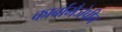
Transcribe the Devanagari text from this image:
कार्बामैजेपीन